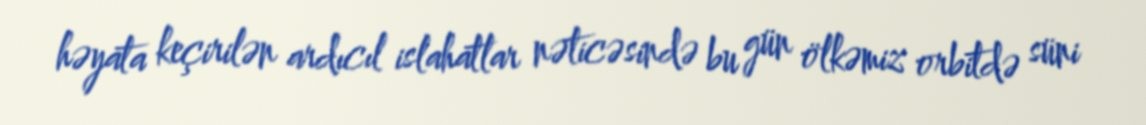
həyata keçirilən ardıcıl islahatlar nəticəsində bu gün ölkəmiz orbitdə süni